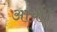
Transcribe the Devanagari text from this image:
आर्या।